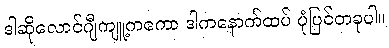
ဒါဆိုလောင်ဂျီကျူ့ကကော ဒါကနောက်ထပ် ပုံပြင်တခုပါ။